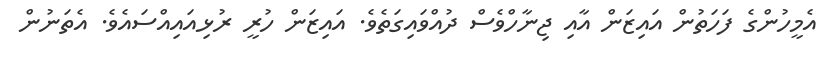
އެމީހުންގެ ފަހަތުން އައިޒަން އާއި ޖިނާހްވެސް ދުއްވައިގަތެވެ. އައިޒަން ހުރީ ރުޅިއައިއްސައެވެ. އެތަނުން